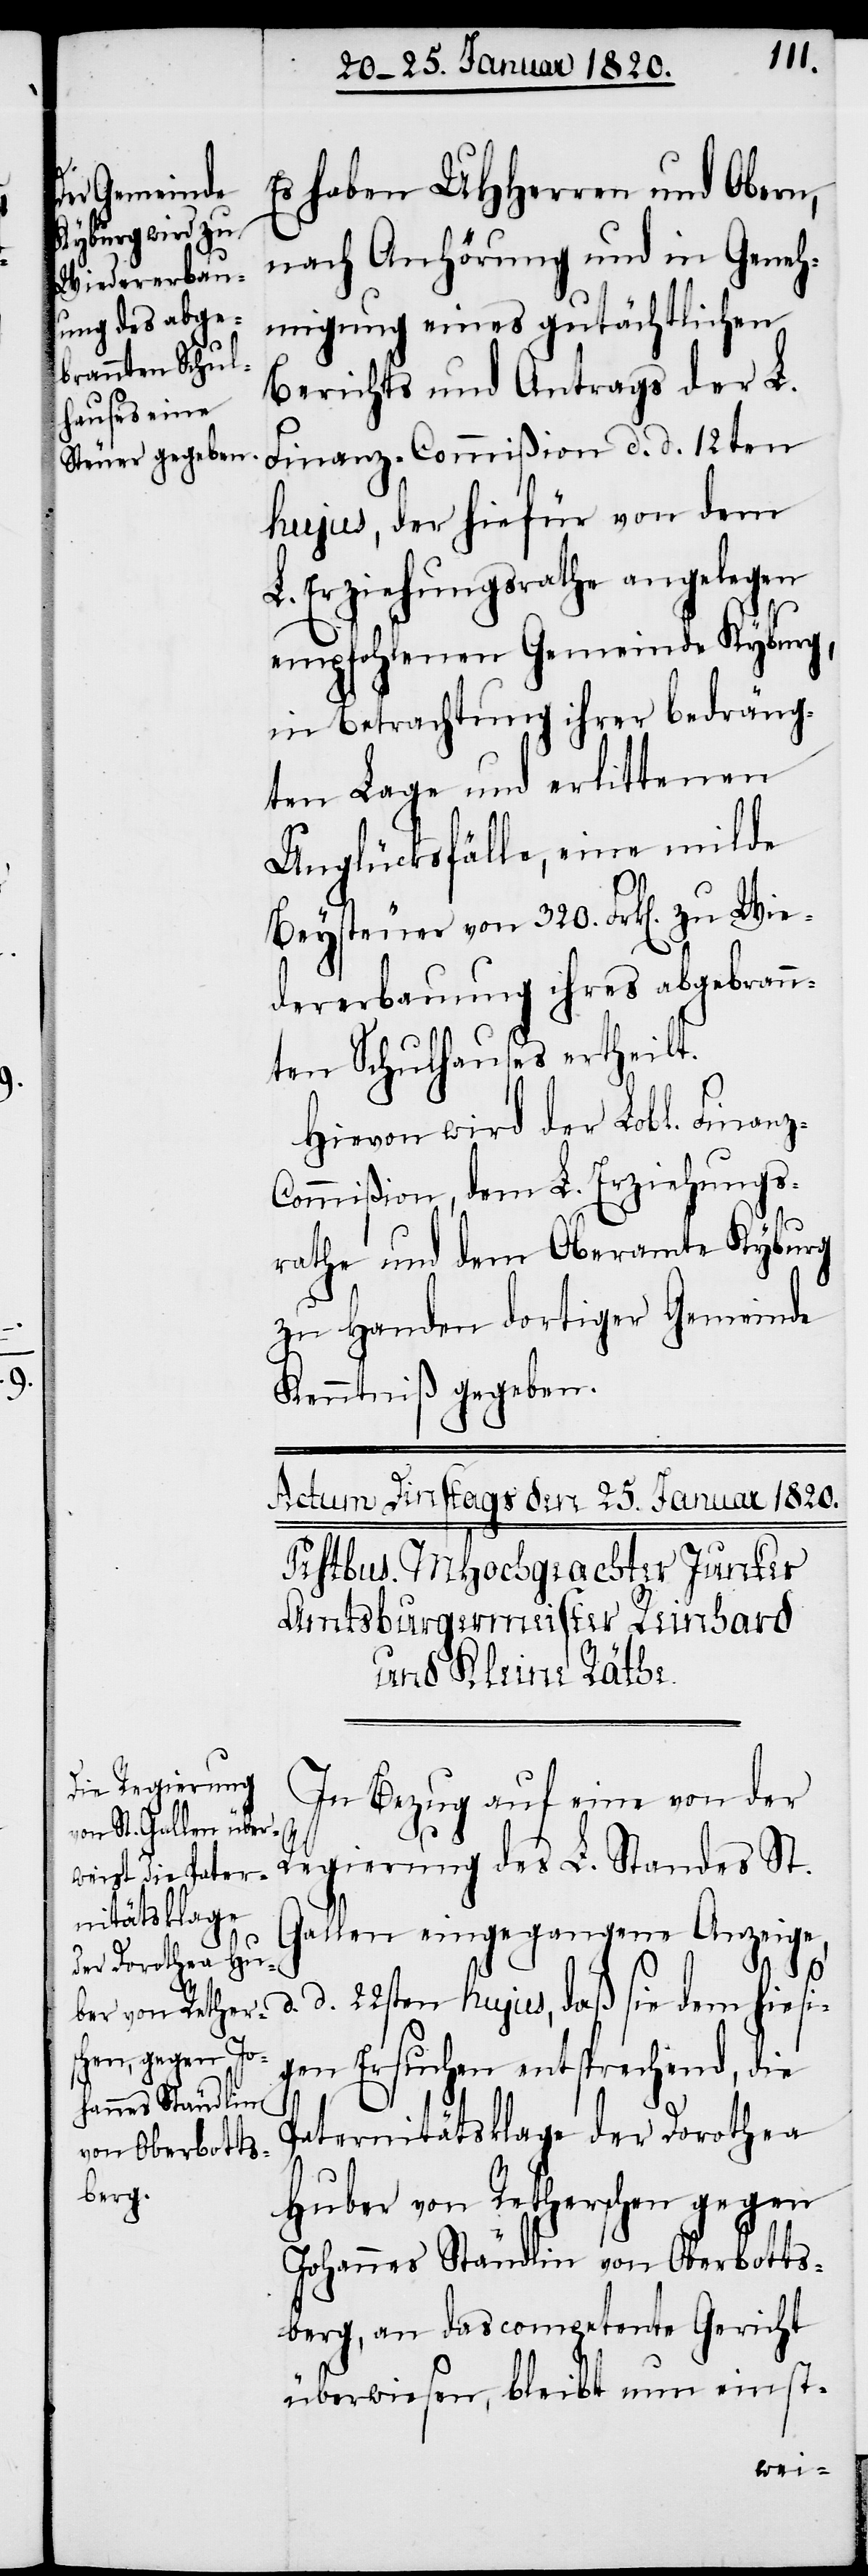
Es haben UHHerren und Obern,
nach Anhörung und in Geneh¬
migung eines gutächtlichen
Berichts und Antrags der L.
Finanz-Commißion d. d. 12ten
hujus, der hiefür von dem
Erziehungsrathe angelegen
empfohlenen Gemeinde Kyburg,
in Betrachtung ihrer bedräng¬
ten Lage und erlittenen
Unglücksfälle, eine milde
Beysteuer von 320. Frk[en]. zu Wie¬
dererbauung ihres abgebrann¬
ten Schulhauses ertheilt.
Hievon wird der Lobl. Finanz-C¬
ommißion, dem L. Erziehungs¬
rathe und dem Oberamte Kyburg
zu Handen dortiger Gemeinde
Kenntniß gegeben.
In Bezug auf eine von der
Regierung des L. Standes St.
Gallen eingegangene Anzeige,
d. 22sten hujus, daß sie dem hiesi¬
gen Ersuchen entsprechend, die
Paternitätsklage der Dorothea
Huber von Retherschen gegen
Johannes Stäudlin von Oberbotts¬
berg, an das competente Gericht
überwiesen, bleibt nun einst-